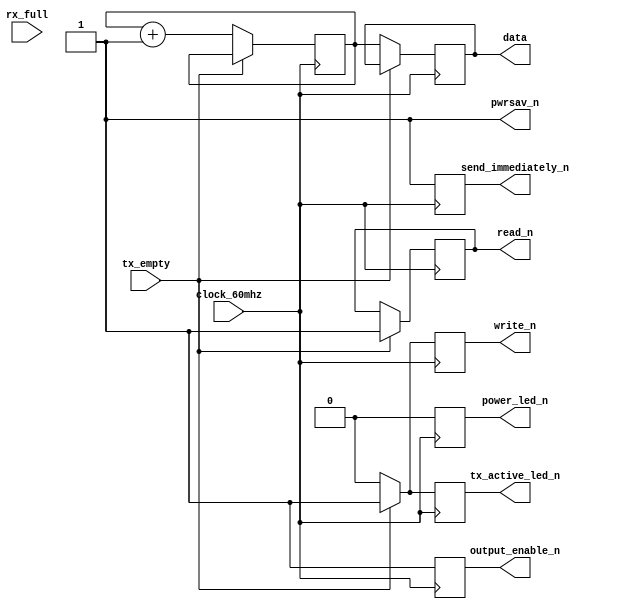
module top (
	
    // ftdi 245 fifo signals
    output reg  [7:0] data,           	// [7:0] = R5, L7, P4, L6, R3, M5, P3, M4 (GPIO0-7)
    input  wire rx_full,             	// P6 (GPIO8)
    input  wire tx_empty,            	// R7 (GPIO9)
    output reg  read_n,               	// P7 (GPIO10)
    output reg  write_n,              	// P8 (GPIO11)
    output reg  send_immediately_n,   	// P9 (GPIO12)
    input  wire clock_60mhz,          	// R9 (GPIO13)
    output reg  output_enable_n,      	// R11 (GPIO14)
	 output reg  pwrsav_n,					// P12 (GPIO15)
	
    // status leds
    output reg power_led_n,           	// M12
    output reg tx_active_led_n        	// N15
	
);

reg [7:0] counter;
	
always @(*) begin
	pwrsav_n <= 1;
end
	
always @(posedge clock_60mhz) begin
	
    power_led_n <= 0;
    output_enable_n <= 1;
    send_immediately_n <= 1;
	 
	
    if(!tx_empty) begin
        write_n <= 0;
        data <= counter;
        tx_active_led_n <= 0;
        counter <= counter + 1;
    end else begin
        write_n <= 1;
        read_n <= 1;
        tx_active_led_n <= 1;
    end
	
end

endmodule